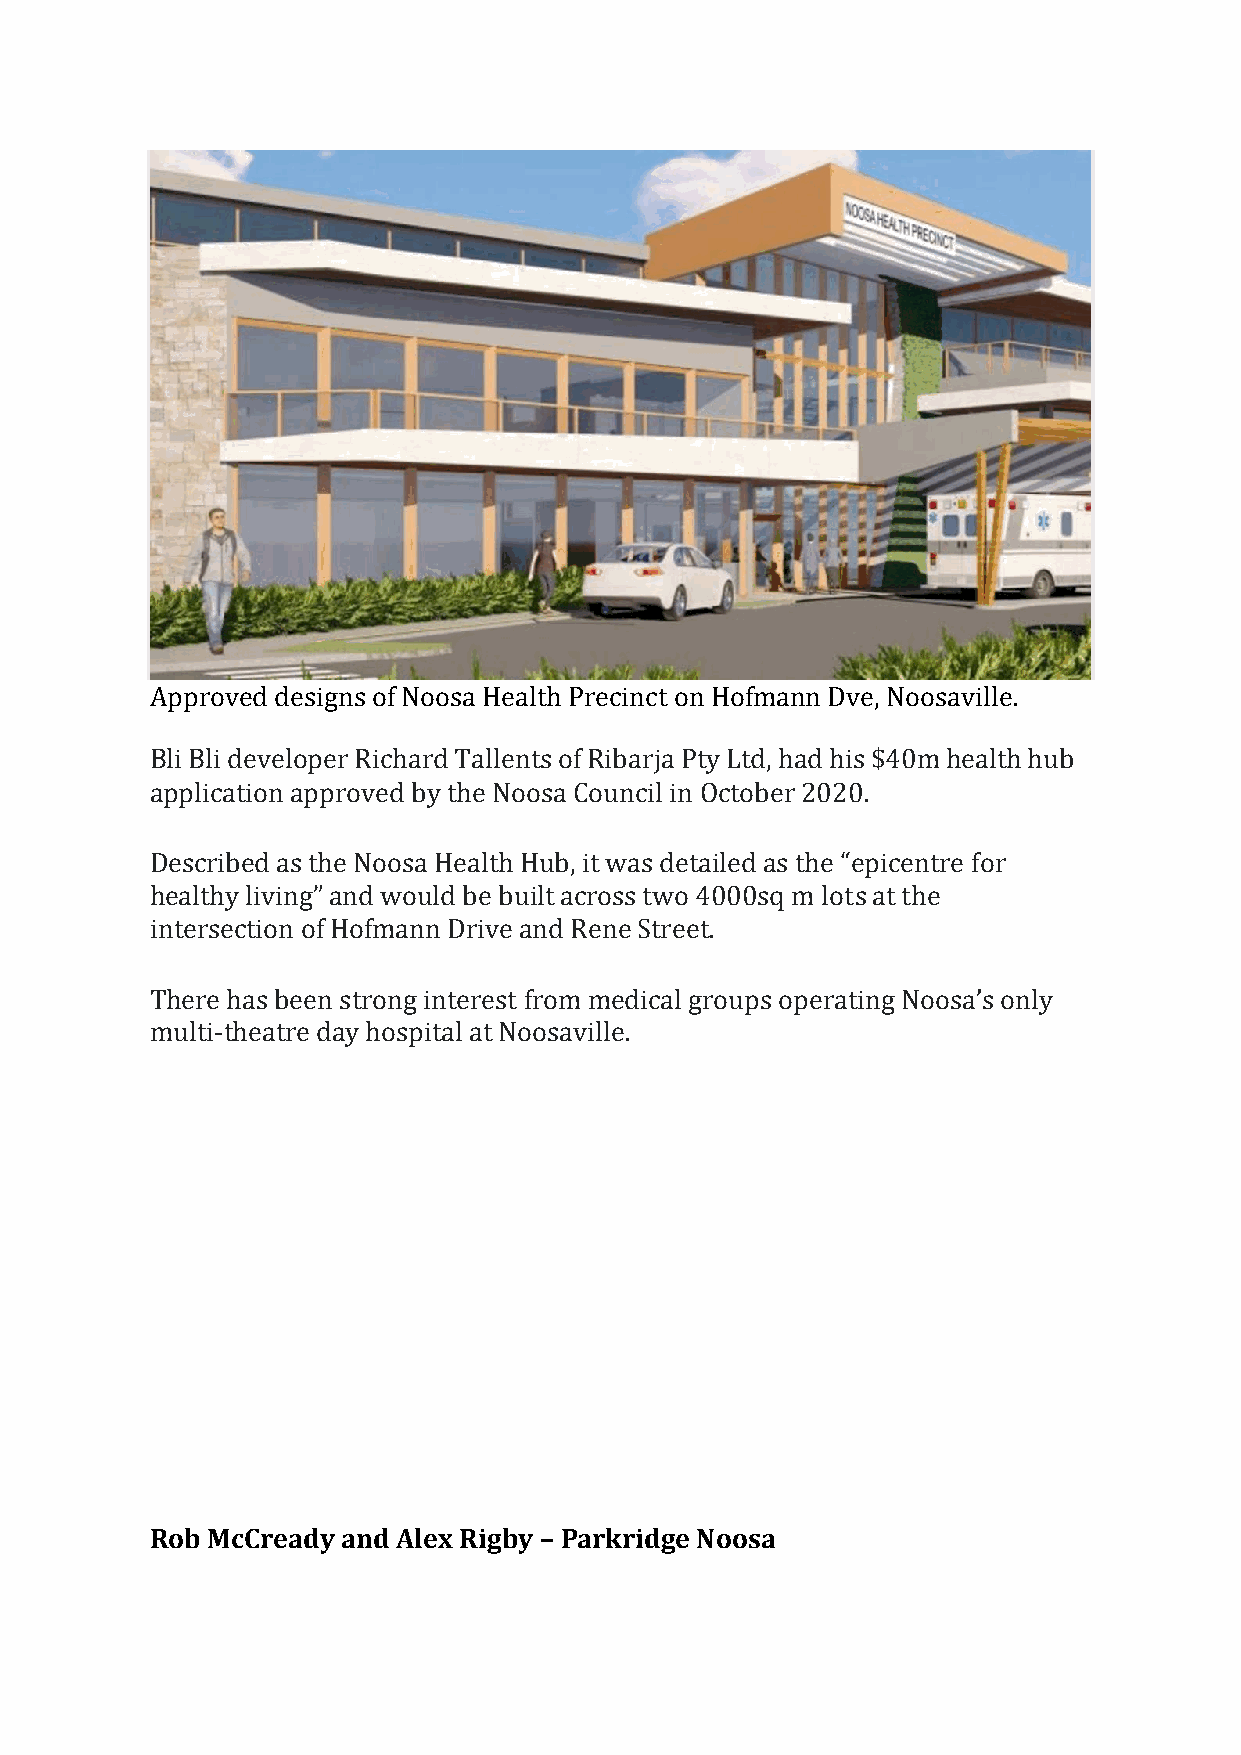
Approved designs of Noosa Health Precinct on Hofmann Dve, Noosaville.
 Bli Bli developer Richard Tallents of Ribarja Pty Ltd, had his $40m health hub
 application approved by the Noosa Council in October 2020.
 Described as the Noosa Health Hub, it was detailed as the “epicentre for
 healthy living” and would be built across two 4000sq m lots at the
 intersection of Hofmann Drive and Rene Street.
 There has been strong interest from medical groups operating Noosa’s only
 multi-theatre day hospital at Noosaville.
 Rob McCready and Alex Rigby – Parkridge Noosa